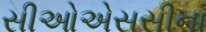
સીઓએસસીના